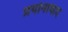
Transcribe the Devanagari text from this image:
प्रयोनावाद